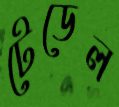
টেডেল